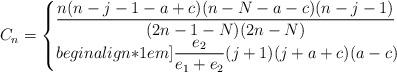
LaTeX: \begin{align*} C_n = \begin{cases}\dfrac{n(n-j-1-a+c)(n-N-a-c)(n-j-1)}{(2n-1-N)(2n-N)} &\\begin{align*}1em]\dfrac{e_2}{e_1+e_2}(j+1)(j+a+c)(a-c) &\end{cases} \end{align*}